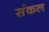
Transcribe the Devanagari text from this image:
संकल